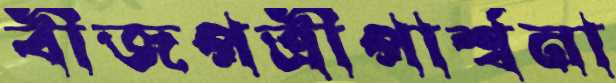
বীজপত্রীপার্শ্বনা